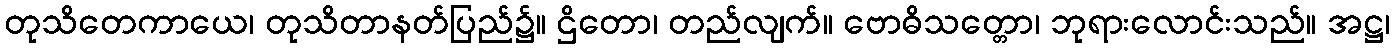
တုသိတေကာယေ၊ တုသိတာနတ်ပြည်၌။ ဌိတော၊ တည်လျက်။ ဗောဓိသတ္တော၊ ဘုရားလောင်းသည်။ အဋ္ဌ၊